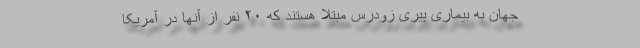
جهان به بیماری پیری زودرس مبتلا هستند که ۲۰ نفر از آنها در آمریکا